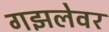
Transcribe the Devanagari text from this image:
गझलेवर